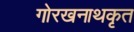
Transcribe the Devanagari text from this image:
गोरखनाथकृत